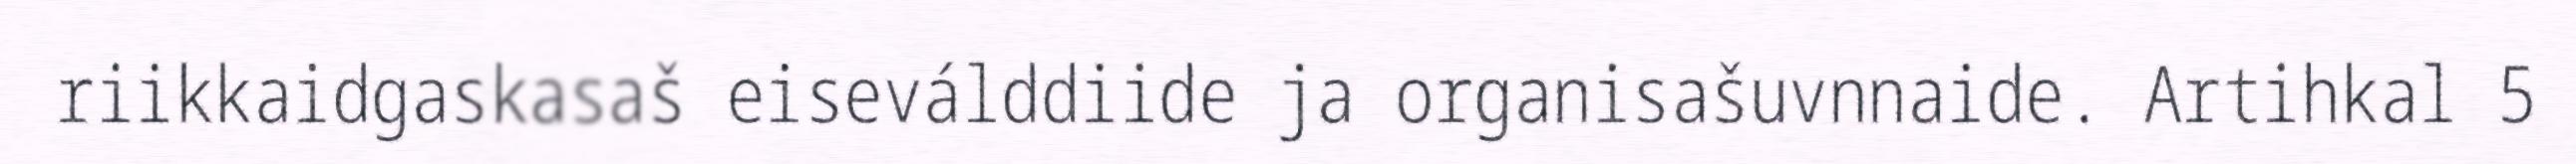
riikkaidgaskasaš eiseválddiide ja organisašuvnnaide. Artihkal 5